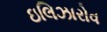
ઇલિઝારોવ